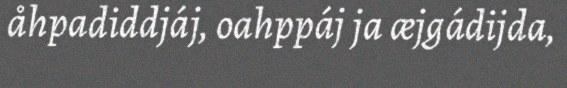
åhpadiddjáj, oahppáj ja æjgádijda,